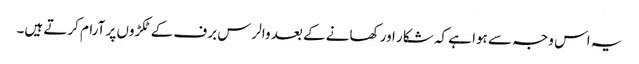
یہ اس وجہ سے ہوا ہے کہ شکار اور کھانے کے بعد والرس برف کے ٹکڑوں پر آرام کرتے ہیں۔